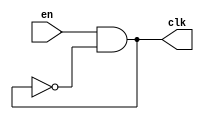
`timescale 1ns/1ps

module RingOscillator #(parameter N = 5, parameter D = 1.867)(input en, output clk);
	wire [0 : N]w ;
	genvar i;
	generate
		for (i = 0; i < N; i = i + 1) begin : XX
			assign #D w[i + 1] = ~w[i];
		end
	endgenerate
	and and1(w[0], en, w[N]);
	assign clk = w[0];
endmodule